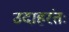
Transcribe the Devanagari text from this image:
उदाहरंतः